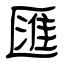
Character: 匯